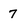
Character: 7